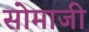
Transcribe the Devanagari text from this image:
सोमाजी